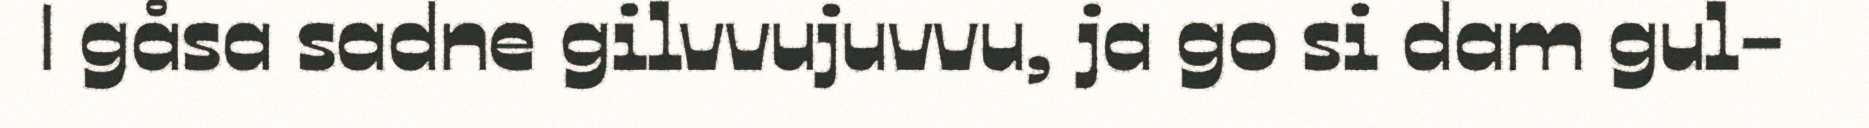
| gåsa sadne gilvvujuvvu, ja go si dam gul-